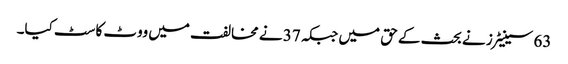
63 سینیٹرز نے بحث کے حق میں جبکہ 37 نے مخالفت میں ووٹ کاسٹ کیا۔